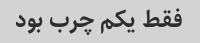
فقط یکم چرب بود